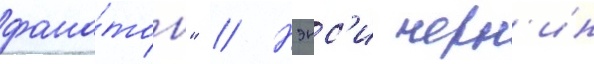
фана́тов" // Нэнс'и черн'ин